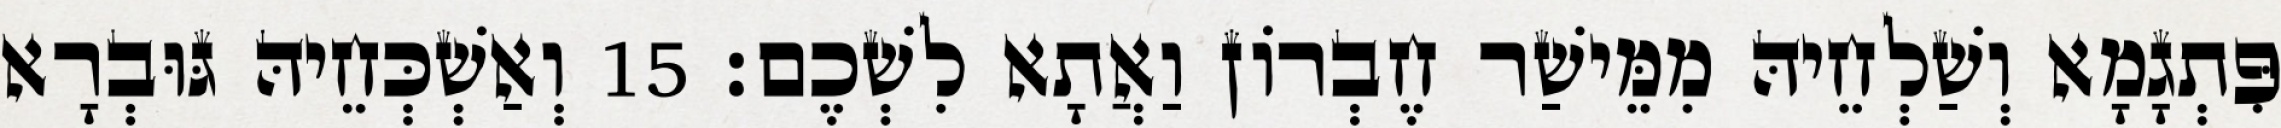
פִּתְגָמָא וְשַׁלְחֵיהּ מִמֵּישַׁר חֶבְרוֹן וַאֲתָא לִשְׁכֶם׃ 15 וְאַשְׁכְּחֵיהּ גּוּבְרָא